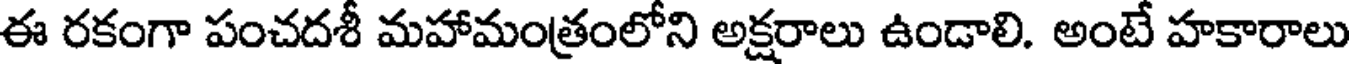
ఈ రకంగా పంచదశీ మహామంత్రంలోని అక్షరాలు ఉండాలి. అంటే హకారాలు